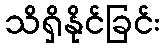
သိရှိနိုင်ခြင်း